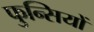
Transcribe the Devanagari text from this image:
फुन्सियों